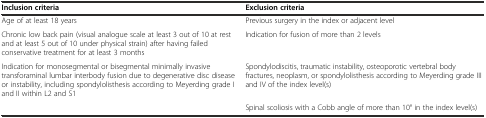
| Inclusion criteria | Exclusion criteria |
 | --- | --- |
 | Age of at least 18 years | Previous surgery in the index or adjacent level |
 | Chronic low back pain (visual analogue scale at least 3 out of 10 at rest and at least 5 out of 10 under physical strain) after having failed conservative treatment for at least 3 months | Indication for fusion of more than 2 levels |
 | Indication for monosegmental or bisegmental minimally invasive transforaminal lumbar interbody fusion due to degenerative disc disease or instability, including spondylolisthesis according to Meyerding grade I and II within L2 and S1 | Spondylodiscitis, traumatic instability, osteoporotic vertebral body fractures, neoplasm, or spondylolisthesis according to Meyerding grade III and IV of the index level(s) |
 |  | Spinal scoliosis with a Cobb angle of more than 10° in the index level(s) |